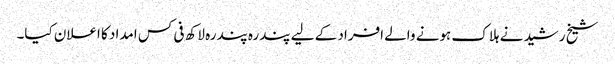
شیخ رشید نے ہلاک ہونے والے افراد کے لیے پندرہ پندرہ لاکھ فی کس امداد کا اعلان کیا۔